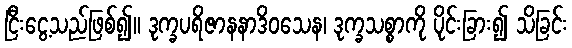
ငြီးငွေ့သည်ဖြစ်၍။ ဒုက္ခပရိဇာနနာဒိဝသေန၊ ဒုက္ခသစ္စာကို ပိုင်းခြား၍ သိခြင်း